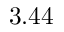
3 . 4 4